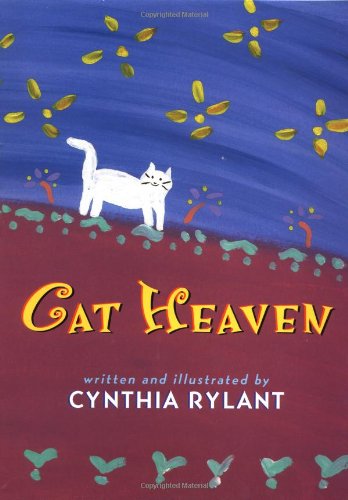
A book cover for Cat Heaven; Children's Books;